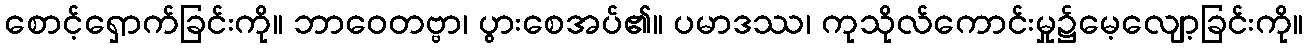
စောင့်ရှောက်ခြင်းကို။ ဘာဝေတဗ္ဗာ၊ ပွားစေအပ်၏။ ပမာဒဿ၊ ကုသိုလ်ကောင်းမှု၌မေ့လျော့ခြင်းကို။